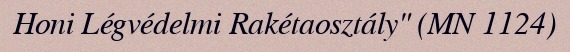
Honi Légvédelmi Rakétaosztály" (MN 1124)